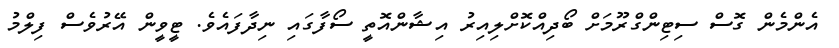
އެންމެން ގޮސް ސިޓިންގްރޫމަށް ބޯދިއްކޮށްލިއިރު އިޝާންއޮތީ ސޯފާގައި ނިދާފައެވެ. ޓީވީން އޭރުވެސް ފިލްމު